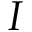
I